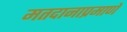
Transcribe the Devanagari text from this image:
मतदानाप्रमाणे